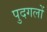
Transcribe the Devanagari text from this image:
पुदगलों